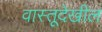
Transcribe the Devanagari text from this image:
वास्तूदेखील